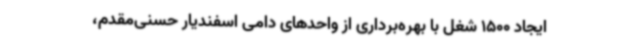
ایجاد 1500 شغل با بهره‌برداری از واحدهای دامی اسفندیار حسنی‌مقدم،